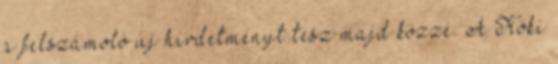
a felszámoló új hirdetményt tesz majd közzé. A Köki